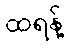
ထရန့်